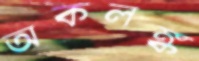
অকলঙ্ক